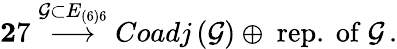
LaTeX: {\mathbf 27}\stackrel{\mathcal{G}\subset E_{\left(6\right)6}}{\longrightarrow}Coadj\left(\mathcal{G}\right)\oplus\mathrm{~rep.~of~}\mathcal{G}\, .